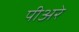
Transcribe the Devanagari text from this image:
पीअरे